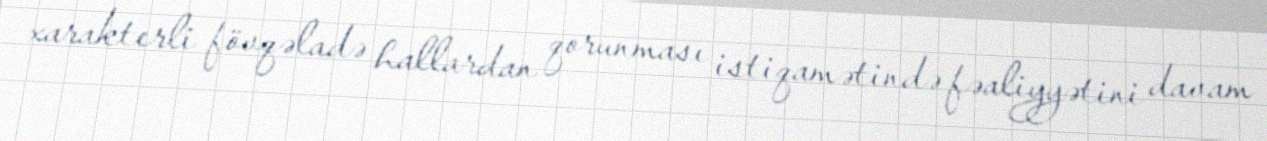
xarakterli fövqəladə hallardan qorunması istiqamətində fəaliyyətini davam